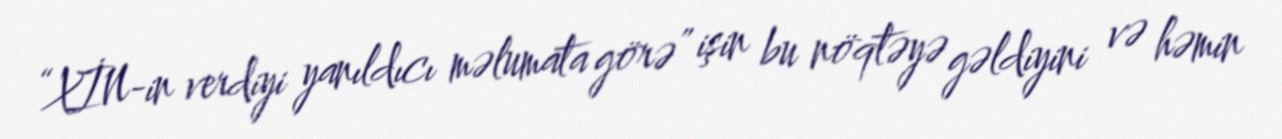
“XİN-in verdiyi yanıldıcı məlumata görə” işin bu nöqtəyə gəldiyini və həmin